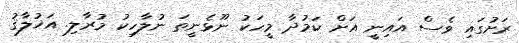
ރަށުގައި ވެސް އައިނީ އަށް ކަމުދާ މީހަކު ނޫޅެނީތަ ނުލާހިކު މުރާލި. އަޚުލާޤު